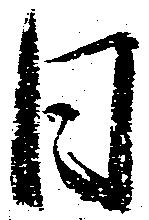
日